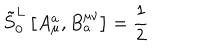
LaTeX: \tilde { S } _ { 0 } ^ { L } \left[ A _ { \mu } ^ { a } , B _ { a } ^ { \mu \nu } \right] = \frac { 1 } { 2 }